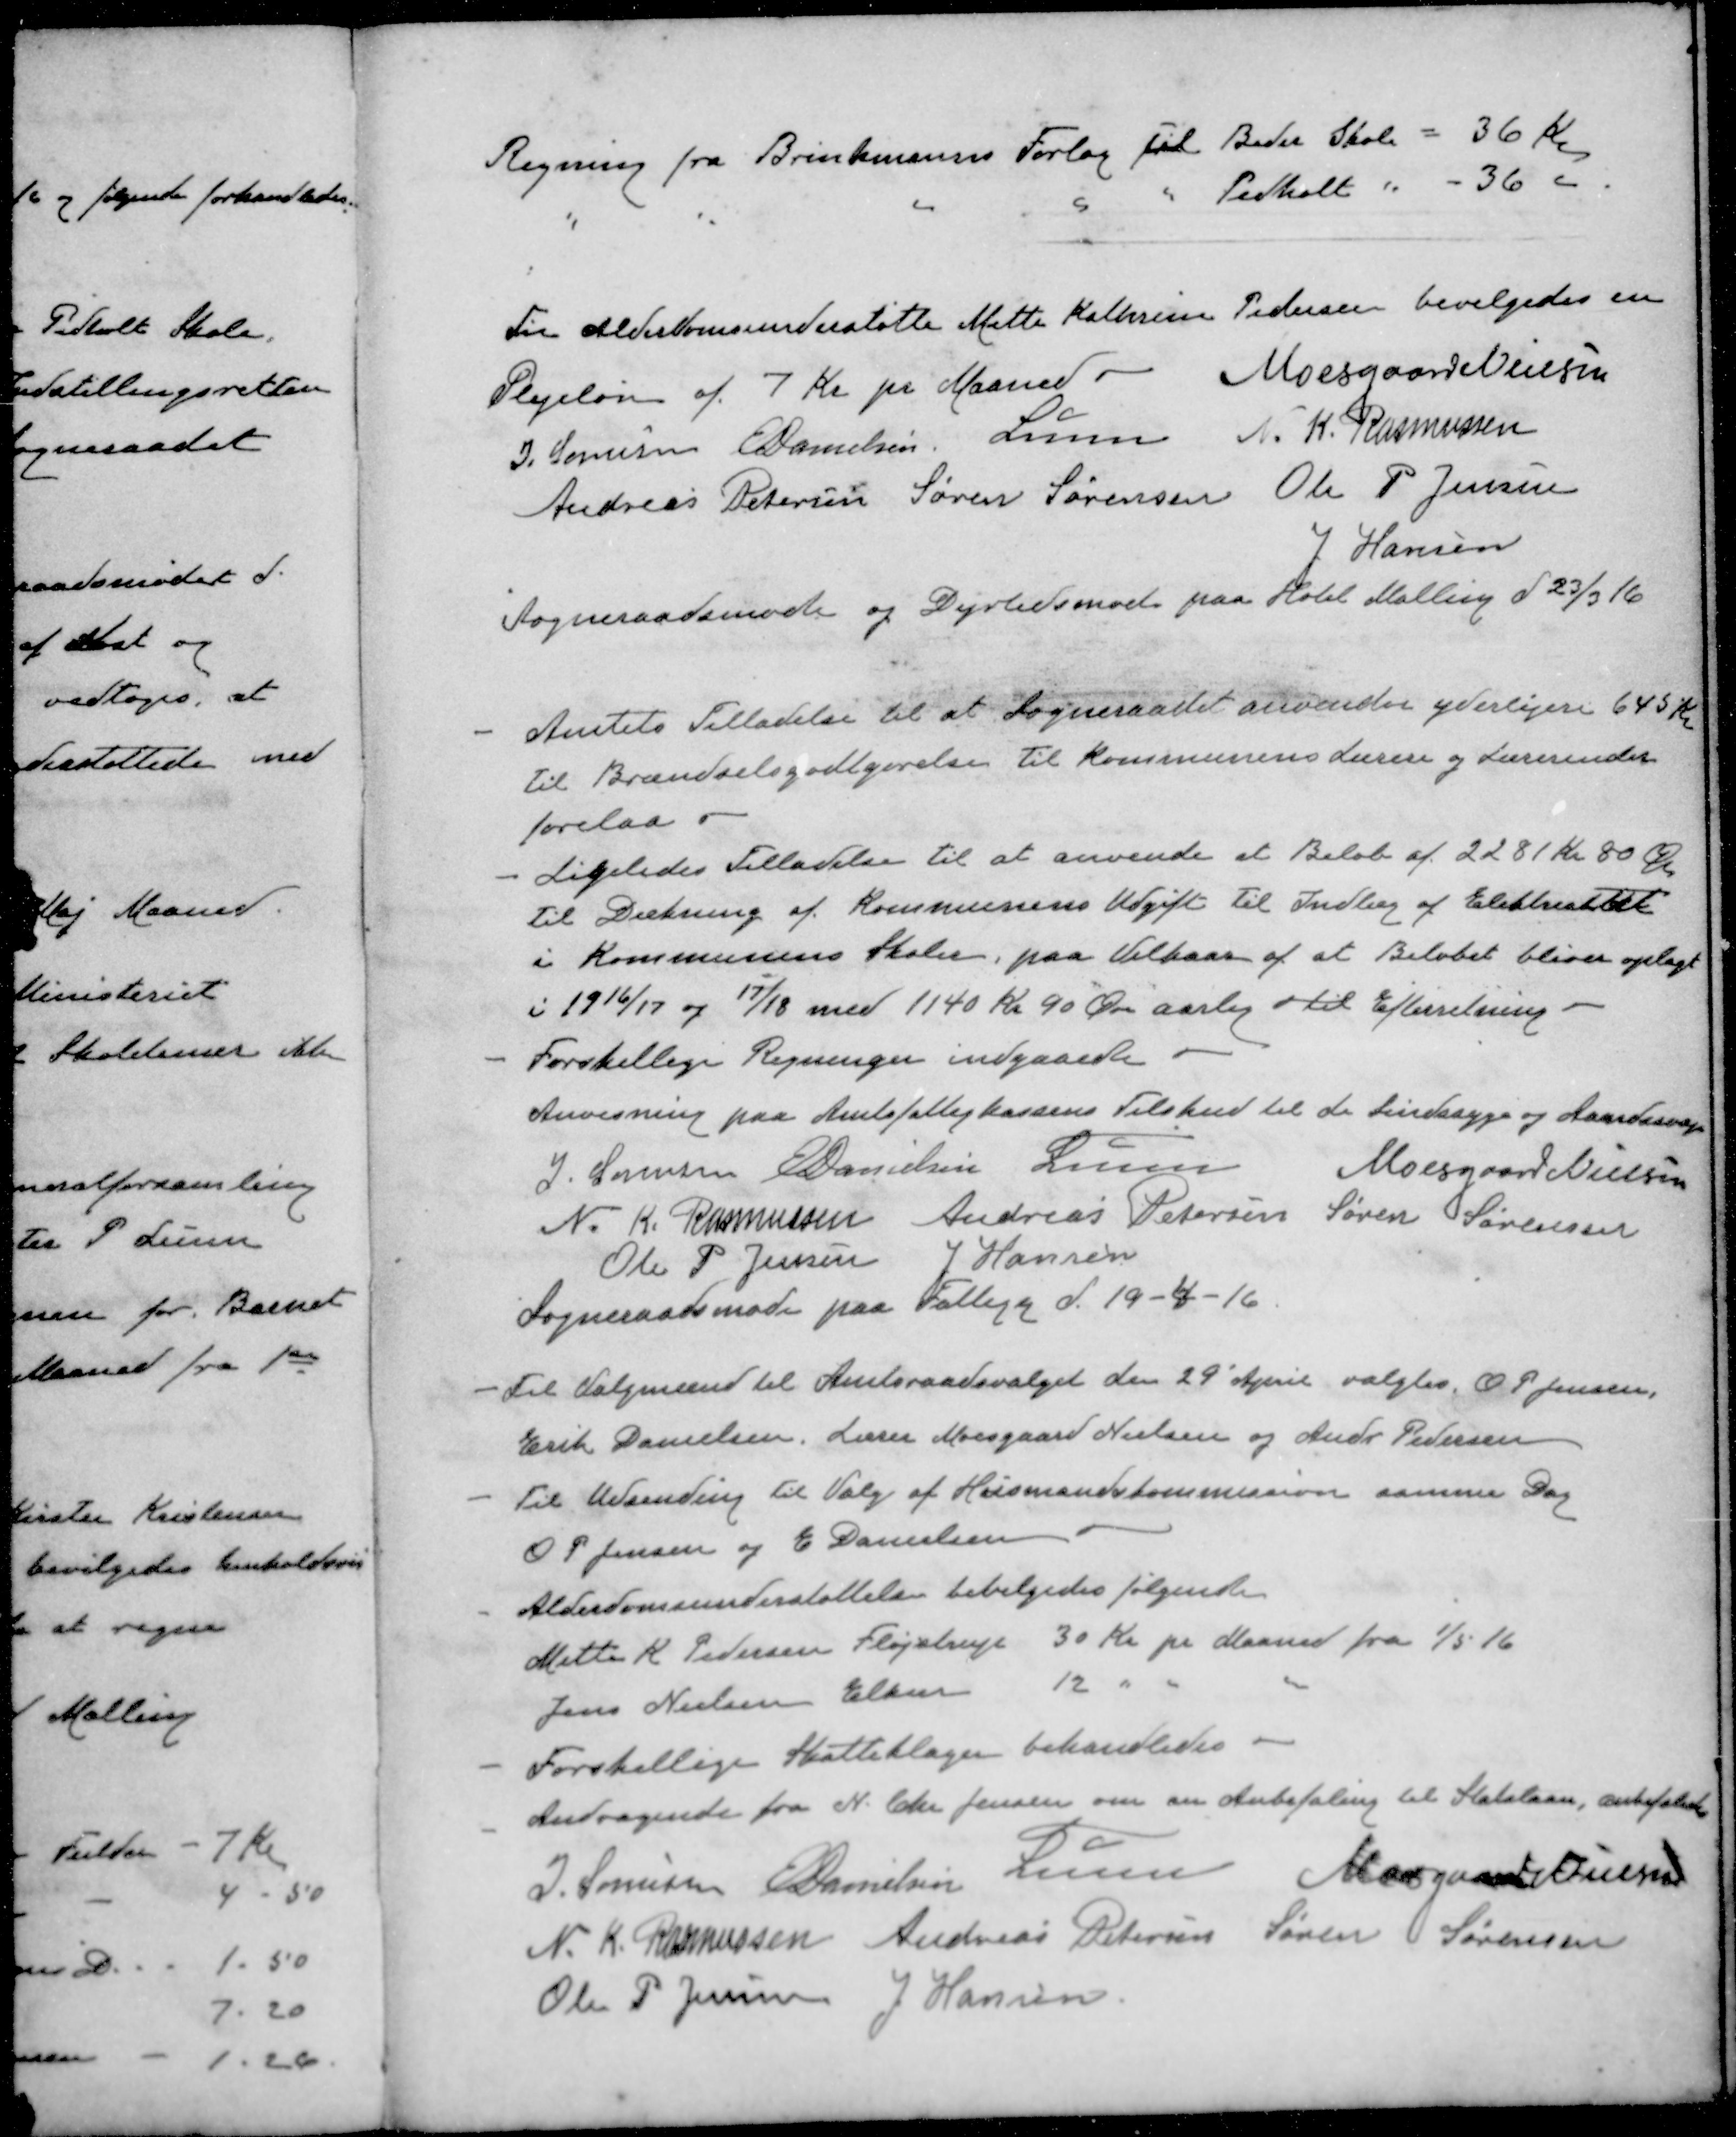
Transskription:
Regning fra Brinkmanns Forlag til Beder Skole = 36 Kr
"
"
"
"
"
Pedholt " - 36 -
Til Alderdomsunderstøtte Mette Kathrine Pedersen bevilgedes en
Plejeløn af 7 Kr pr Maaned
Moesgaard Nielsen
J. Sørensen
E Danielsen
Lunn
N. K. Rasmussen
Andreas Petersen
Søren Sørensen
Ole P Jensen
J Hansen
Sogneraadsmøde og Dyrtidsmøde paa Hotel Malling d 23/3 16
- Amtets Tilladelse til at Sogneraadet anvender yderligere 645 Kr.
til Brændselsgodtgørelse til Kommunens Lærere og Lærerinder
forelaa 
- Ligeledes Tilladelse til at anvende at Beløb af 2281 Kr 80 Øre
til Dækning af Kommunens Udgift til Indlæg af Elektricitet
i Kommunens Skoler, paa Vilkaar af at Beløbet bliver oplagt
i 1916/17 og 17/18 med 1140 kr 90 Øre aarlig til Efterretning.
- Forskellige Regninger indgaaede
Anvisning paa Amtsfattigkassens Tilskud til de Sindssyge og Aandssvage
J. Sørensen
E Danielsen
Lunn
Moesgaard Nielsen
N. K. Rasmussen
Andreas Petersen
Søren Sørensen
Ole P Jensen
J Hansen
Sogneraadsmøde paa Fattigg d. 19-4-16
- Til Valgmænd til Amtsraadsvalget den 29 April valgtes O. P. Jensen,
Erik Danielsen, Lærer Moesgaard Nielsen og Andr Pedersen
- Til Udsending til Valg af Husmandskommission samme Dag
O P. Jensen og E Danielsen
- Alderdomsunderstøttelse bevilgedes følgende
Mette R. Pedersen Fløjstrup 30 Kr pr Maaned fra 1/5 16
Jens Nielsen Ellen 12 " " "
- Forskellige Skatteklager behandledes
- Andragende fra N. Chr Jensen om en Anbefaling til Statslaan, anbefaledes
J. Sørensen
E Danielsen
Lunn
Moesgaard Nielsen
N. K. Rasmussen
Andreas Petersen
Søren Sørensen
Ole P Jensen
J Hansen